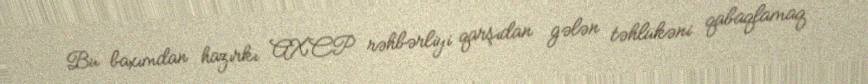
Bu baxımdan hazırkı AXCP rəhbərliyi qarşıdan gələn təhlükəni qabaqlamaq